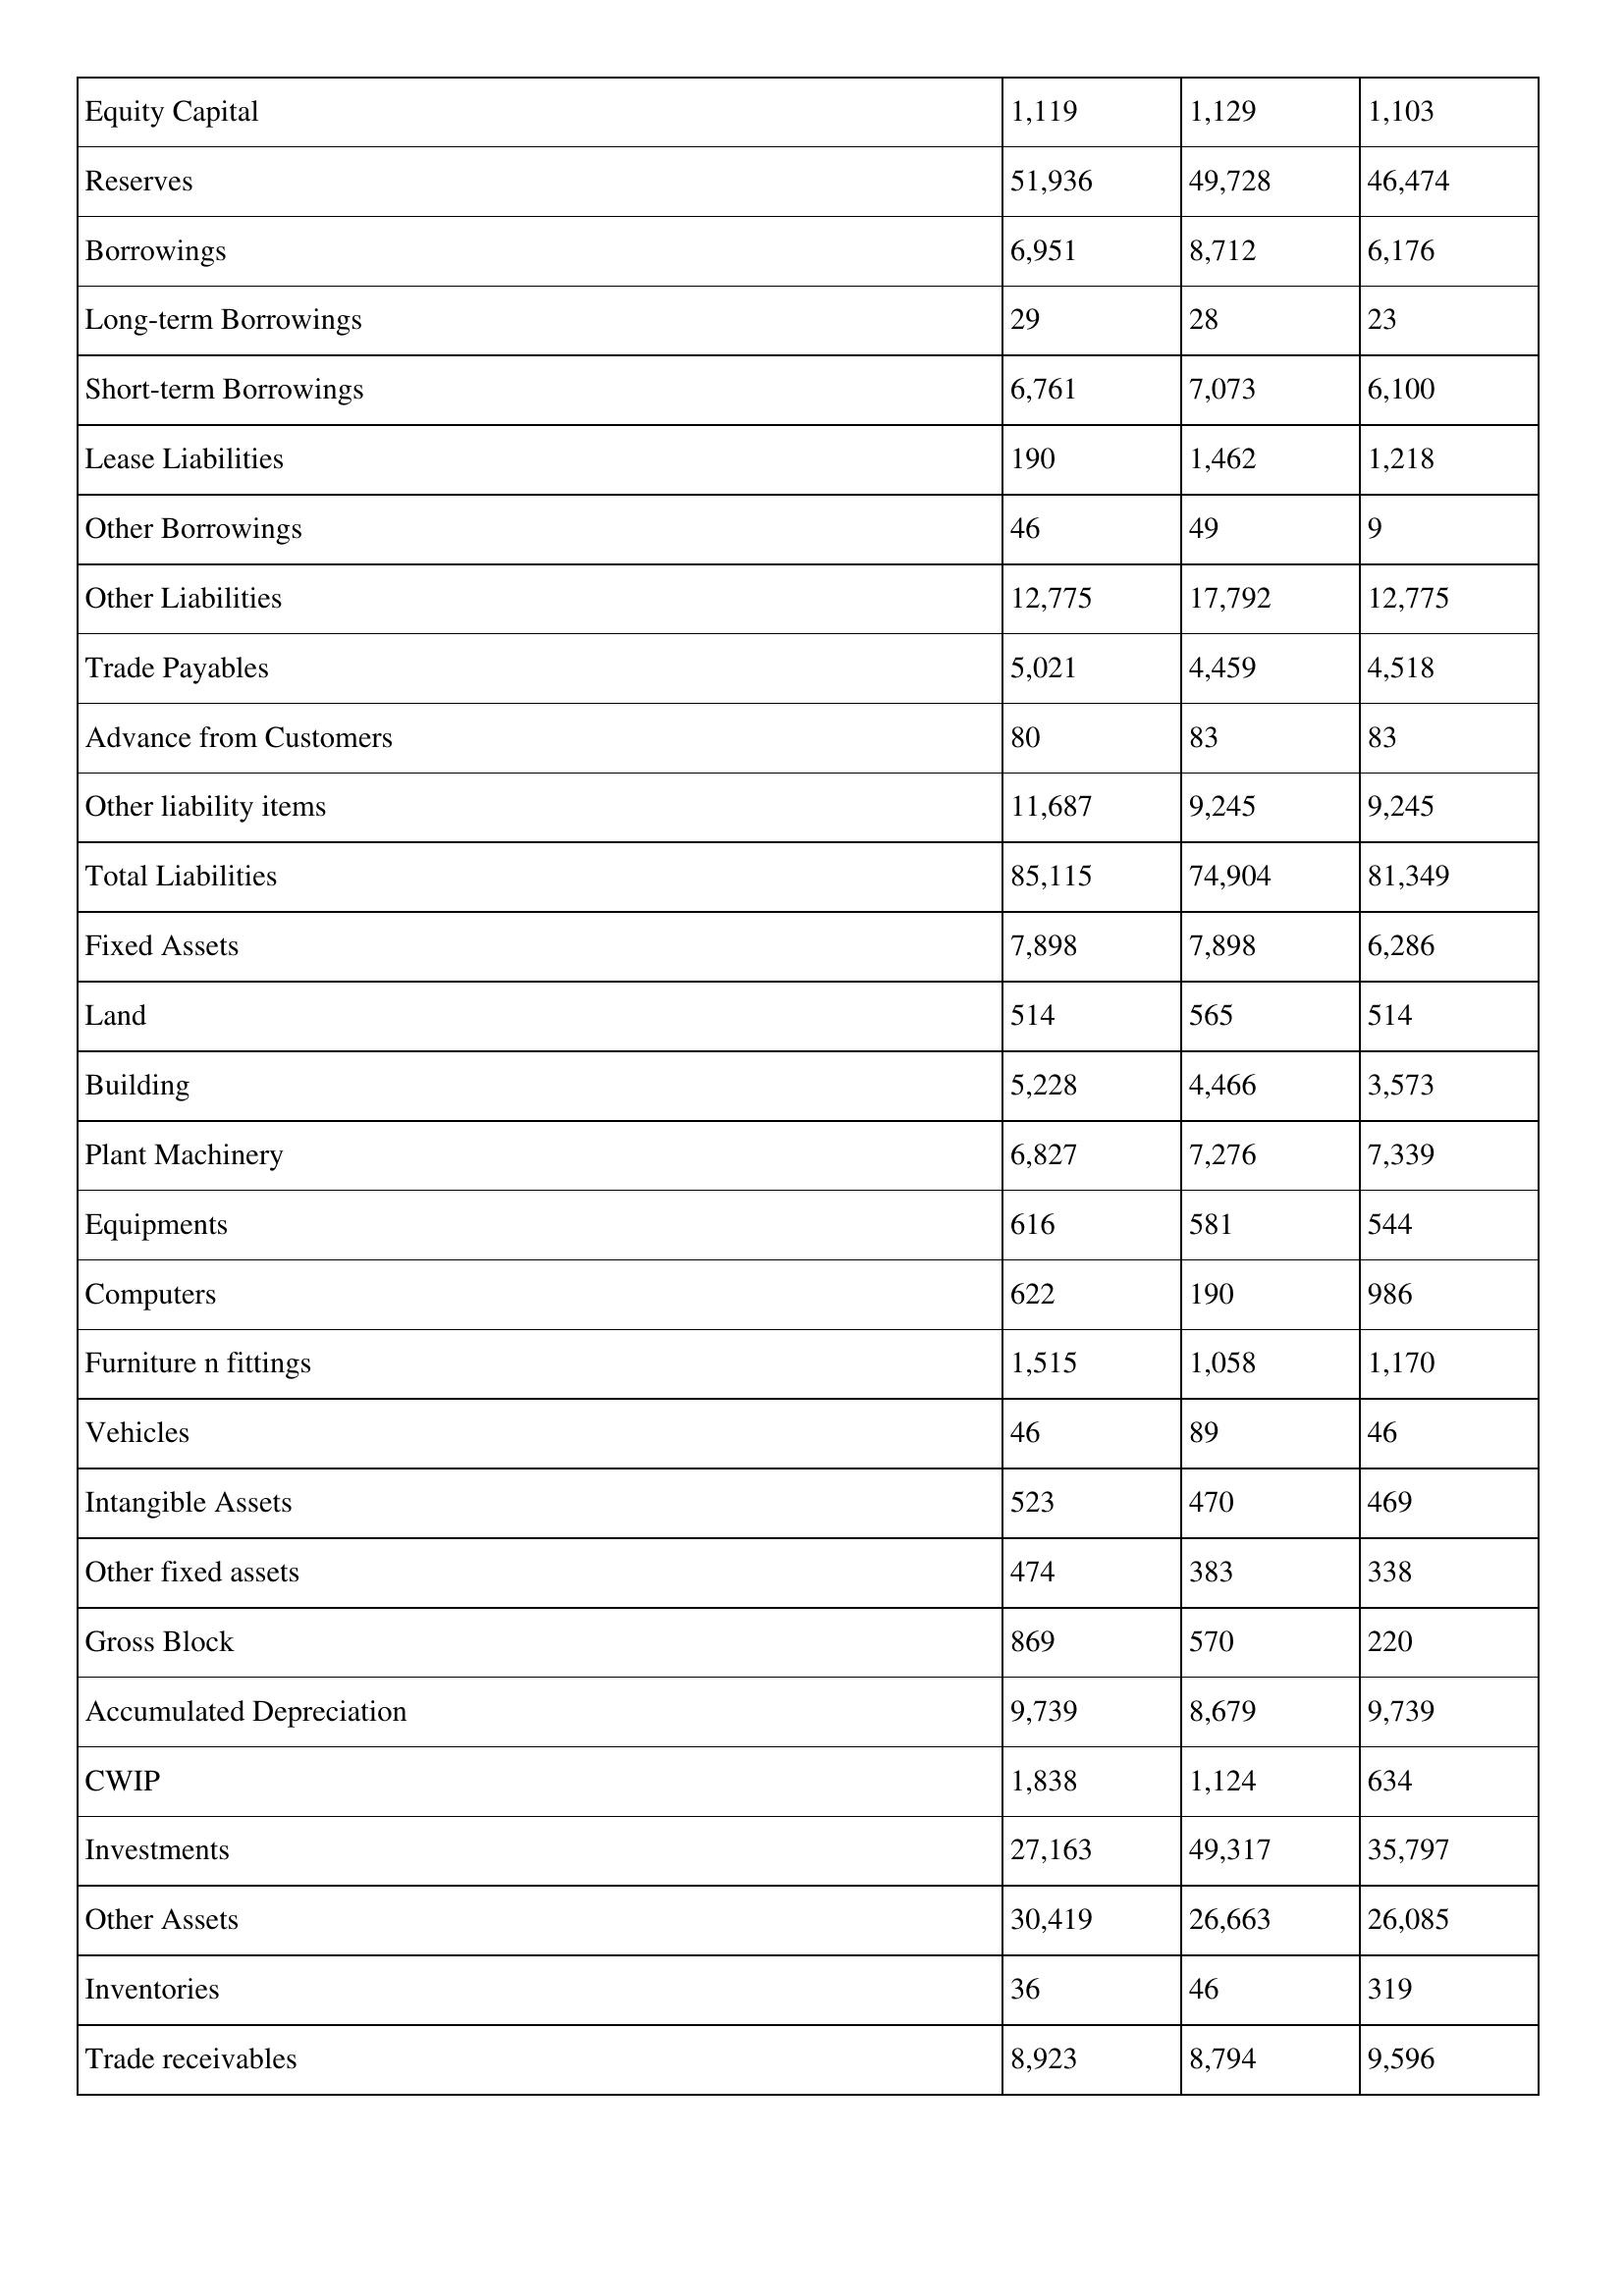
gt_parse: 2000: Balance Sheet: Equity Capital: 1,119
Reserves: 51,936
Borrowings: 6,951
Long-term Borrowings: 29
Short-term Borrowings: 6,761
Lease Liabilities: 190
Other Borrowings: 46
Other Liabilities: 12,775
Trade Payables: 5,021
Advance from Customers: 80
Other liability items: 11,687
Total Liabilities: 85,115
Fixed Assets: 7,898
Land: 514
Building: 5,228
Plant Machinery: 6,827
Equipments: 616
Computers: 622
Furniture n fittings: 1,515
Vehicles: 46
Intangible Assets: 523
Other fixed assets: 474
Gross Block: 869
Accumulated Depreciation: 9,739
CWIP: 1,838
Investments: 27,163
Other Assets: 30,419
Inventories: 36
Trade receivables: 8,923
1999: Balance Sheet: Equity Capital: 1,129
Reserves: 49,728
Borrowings: 8,712
Long-term Borrowings: 28
Short-term Borrowings: 7,073
Lease Liabilities: 1,462
Other Borrowings: 49
Other Liabilities: 17,792
Trade Payables: 4,459
Advance from Customers: 83
Other liability items: 9,245
Total Liabilities: 74,904
Fixed Assets: 7,898
Land: 565
Building: 4,466
Plant Machinery: 7,276
Equipments: 581
Computers: 190
Furniture n fittings: 1,058
Vehicles: 89
Intangible Assets: 470
Other fixed assets: 383
Gross Block: 570
Accumulated Depreciation: 8,679
CWIP: 1,124
Investments: 49,317
Other Assets: 26,663
Inventories: 46
Trade receivables: 8,794
1998: Balance Sheet: Equity Capital: 1,103
Reserves: 46,474
Borrowings: 6,176
Long-term Borrowings: 23
Short-term Borrowings: 6,100
Lease Liabilities: 1,218
Other Borrowings: 9
Other Liabilities: 12,775
Trade Payables: 4,518
Advance from Customers: 83
Other liability items: 9,245
Total Liabilities: 81,349
Fixed Assets: 6,286
Land: 514
Building: 3,573
Plant Machinery: 7,339
Equipments: 544
Computers: 986
Furniture n fittings: 1,170
Vehicles: 46
Intangible Assets: 469
Other fixed assets: 338
Gross Block: 220
Accumulated Depreciation: 9,739
CWIP: 634
Investments: 35,797
Other Assets: 26,085
Inventories: 319
Trade receivables: 9,596